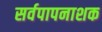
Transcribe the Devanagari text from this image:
सर्वपापनाशक